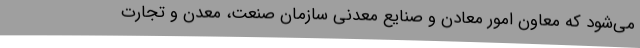
می‌شود که معاون امور معادن و صنایع معدنی سازمان صنعت، معدن و تجارت